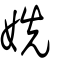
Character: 姺